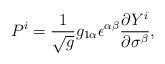
LaTeX: \begin{align*}P^i = \frac{1}{\sqrt{g}} g_{1\alpha} \epsilon^{\alpha\beta} \frac{\partial Y^i}{\partial \sigma^\beta},\end{align*}